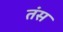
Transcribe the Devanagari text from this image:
तंस